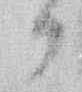
か